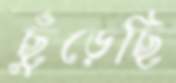
ছুঁড়েছি